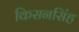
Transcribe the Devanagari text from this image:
किसनसिंह